Calcutta medical institutions reports 1871-78
Year: 1871
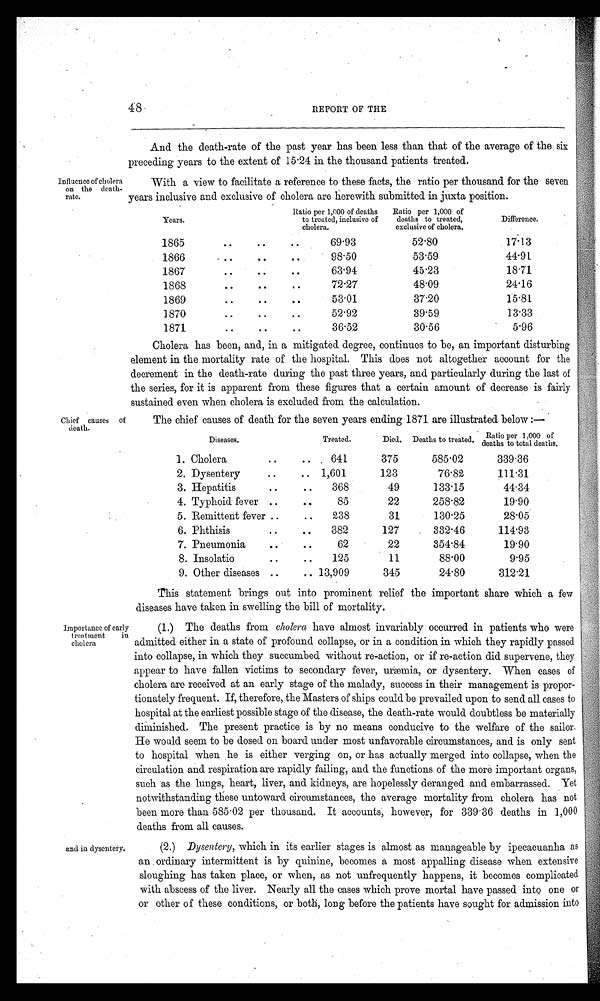
48
REPORT OF THE
Influence of choler
a on the
d e a t h - r a t e .
And the death-rate of the past year has been less than that of the average of the six
preceding years to the extent of 15.24 in the thousand patients treated.
With a view to facilitate a reference to these facts, the ratio per thousand for the seven
years inclusive and exclusive of cholera are herewith submitted in juxta position.
Years.
Ratio per 1,000 of deaths
to treated, inclusive of
cholera.
Ratio per 1,000 of
deaths to treated,
exclusive of cholera.
Difference.
1865
..
..
..
69.93
52.80
17.13
1866
..
..
..
98.50
53.59
44.91
1867
..
..
..
63.94
45.23
18.71
1868
..
..
..
72.27
48.09
24.16
1869 ..
..
..
53.01
37.20
15.81
1870
..
..
..
52.92
39.59
l 3 . 3 3
1871
..
..
..
36.52
30.56
5.96
Cholera has been, and, in a mitigated degree, continues to be, an important disturbing
element in the mortality rate of the hospital. This does not altogether account for the
decrement in the death-rate during the past three years, and particularly during the last of
the series, for it is apparent from these figures that a certain amount of decrease is fairly
sustained even when cholera is excluded from the calculation.
Chief causes of
death.
Importance of early
treatment in
cholera
and in dysentery.
The chief causes of death for the seven years ending 1871 are illustrated below :—
Diseases.
Treated.
Died. Deaths to treated. Ratio per 1,000 of
deat hs t o t ot al deat hs
1. Cholera
..
..
641
375
585.02
339.36
2. Dysentery
..
.. 1,601
123
76.82
111.31
3. Hepatitis
..
..
368
49
l33.15
44.34
4. Typhoid fever ..
..
85
22
258.82
19.90
5. Remittent fever ..
..
238
31
130.25
28.05
6. Phthisis
..
..
382
127
332.46
114.93
7. Pneumonia
..
..
62
22
354.84
19.90
8. Insolatio
..
..
125
11
88.00
9.95
9. Other diseases ..
.. 13,909
345
24.80
312.21
This statement brings out into prominent relief the important share which a few
diseases have taken in swelling the bill of mortality.
(1.) The deaths from cholera have almost invariably occurred in patients who were
admitted either in a state of profound collapse, or in a condition in which they rapidly passed
into collapse, in which they succumbed without re-action, or if re-action did supervene, they
appear to have fallen victims to secondary fever, uræmia, or dysentery. When cases of
cholera are received at an early stage of the malady, success in their management is propor
tionately frequent. If, therefore, the Masters of ships could be prevailed upon to send all cases to
hospital at the earliest possible stage of the disease, the death-rate would doubtless be materially
diminished. The present practice is by no means conducive to the welfare of the sailor.
He would seem to be dosed on board under most unfavorable circumstances, and is only sent
to hospital when he is either verging on, or has actually merged into collapse, when the
circulation and respiration are rapidly failing, and the functions of the more important organs,
such as the lungs, heart, liver, and kidneys, are hopelessly deranged and embarrassed. Yet
notwithstanding these untoward circumstances, the average mortality from cholera has not
been more than 585.02 per thousand. It accounts, however, for 339.36 deaths in 1,000
deaths from all causes.
(2.) Dysentery, which in its earlier stages is almost as manageable by ipecacuanha as
an ordinary intermittent is by quinine, becomes a most appalling disease when extensive
sloughing has taken place, or when, as not unfrequently happens, it becomes complicated
with abscess of the liver. Nearly all the cases which prove mortal have passed into one or
or other of these conditions, or both, long before the patients have sought for admission into